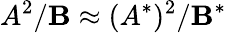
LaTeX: A^{2}/\mathbf{B}\approx(A^{*})^{2}/\mathbf{B}^{*}